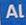
al